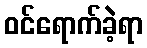
ဝင်ရောက်ခဲ့ရာ